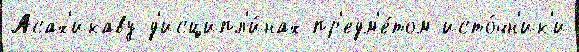
Асах'икаву д'исципл'и́нах пр'едм'е́том исто́чн'ик'и